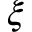
\xi